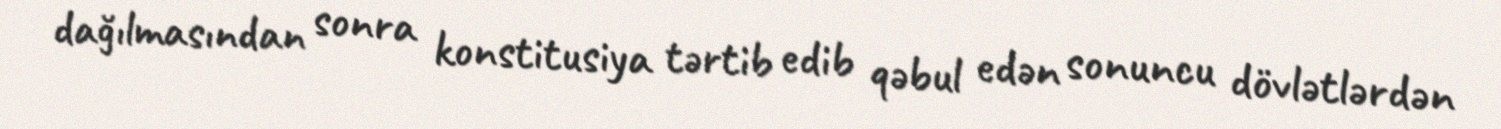
dağılmasından sonra konstitusiya tərtib edib qəbul edən sonuncu dövlətlərdən